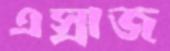
এস্রাজ